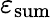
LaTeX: \varepsilon_{\mathrm{sum}}